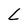
Character: L